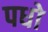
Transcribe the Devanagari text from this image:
पधो